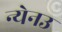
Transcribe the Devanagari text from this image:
न्येनउ